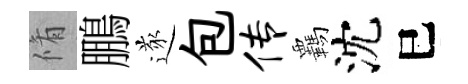
脩鵬遂包传覊沈巳